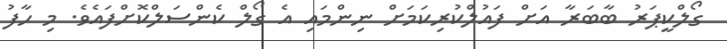
ގޯލްކީޕަރު ބާބަރާ އަށް ފައުލްކުރިކަމަށް ނިންމައި އެ ގޯލް ކެންސަލްކޮށްފައެވެ. މި ހާފު